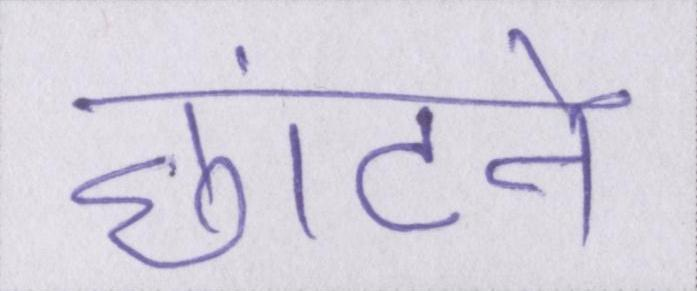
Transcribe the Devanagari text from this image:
छांटने